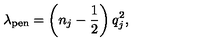
\lambda _ { \mathrm { p e n } } = \left( n _ { j } - \frac { 1 } { 2 } \right) q _ { j } ^ { 2 } ,